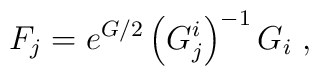
F_j =e^{G/2}\left(G^i_j\right)^{-1} G_i\;,